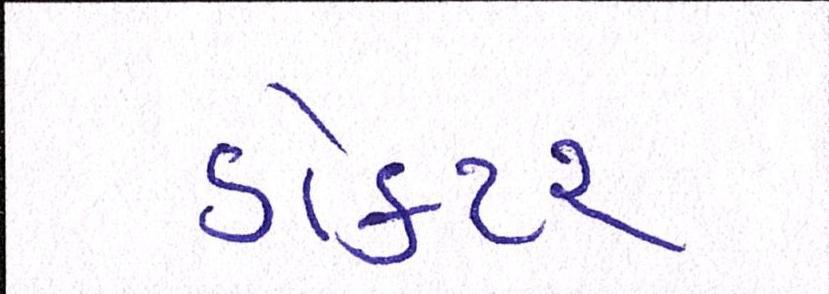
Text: ડોકટર